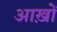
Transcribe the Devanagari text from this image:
आख़ों